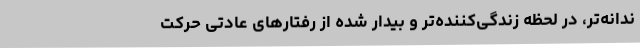
ندانه‌تر، در لحظه زندگی‌کننده‌تر و بیدار شده‌ از رفتارهای عادتی حرکت